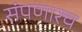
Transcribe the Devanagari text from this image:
संपणारच